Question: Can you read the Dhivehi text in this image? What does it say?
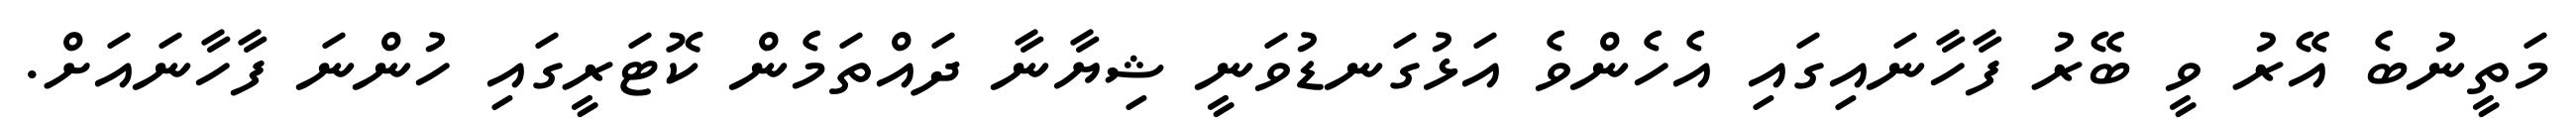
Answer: މަތީނުބެ އޭރު ވީ ބޭރު ފާހާނައިގައި އެހެންވެ އަޅުގަނޑުވަނީ ޝިޔާނާ ދައްތަމެން ކޮޓަރީގައި ހުންނަ ފާހާނައަށް.